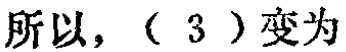
所以，（3）变为